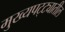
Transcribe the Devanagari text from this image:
मुख्यपट्ट्यातील